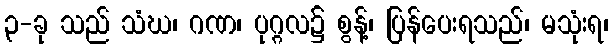
၃-ခု သည် သံဃ၊ ဂဏ၊ ပုဂ္ဂလ၌ စွန့်၊ ပြန်ပေးရသည်၊ မသုံးရ၊